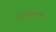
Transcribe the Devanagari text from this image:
काठियावाडच्या